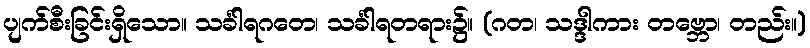
ပျက်စီးခြင်းရှိသော။ သင်္ခါရဂတေ၊ သင်္ခါရတရား၌။ (ဂတ၊ သဒ္ဒါကား တဗ္ဘော၊ တည်း။)